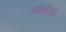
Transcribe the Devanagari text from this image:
पर्वतप्रदेशों